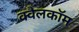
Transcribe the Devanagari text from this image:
क्वैलकॉम